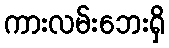
ကားလမ်းဘေးရှိ